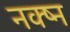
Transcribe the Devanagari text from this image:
नक्ष्न